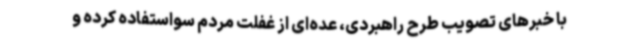
با خبرهای تصویب طرح راهبردی، عده‌ای از غفلت مردم سواستفاده کرده و